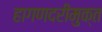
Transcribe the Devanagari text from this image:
हागणदरीमुक्त